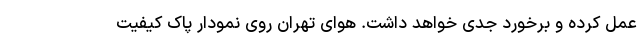
عمل کرده و برخورد جدی خواهد داشت. هوای تهران روی نمودار پاک کیفیت